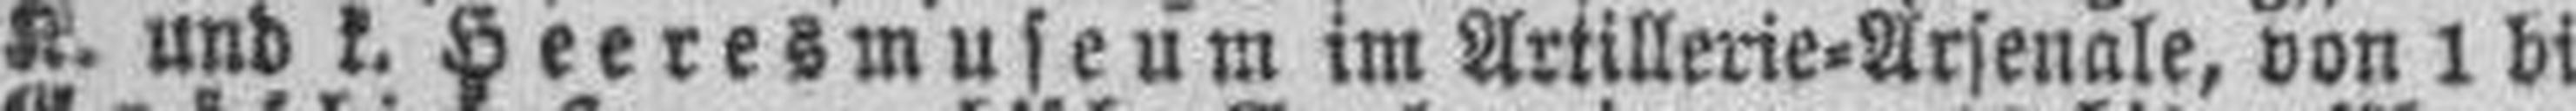
K. und k. Heeresmuseum im Artillerie=Arsenale, von 1 bis 5 Uhr Nachmittags.